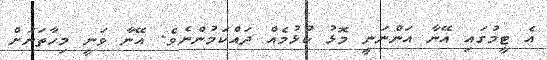
އެ ޓީމުގައި އޭނާ އަންނަނީ މޮޅު ކުޅުމެއް ދައްކަމުންނެވެ. އޭނާ ވަނީ މިހާތަނަށް